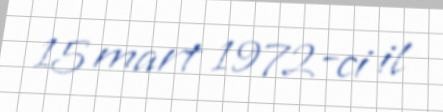
15 mart 1972-ci il